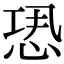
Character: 𢙷